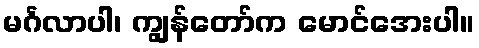
မင်္ဂလာပါ၊ ကျွန်တော်က မောင်အေးပါ။